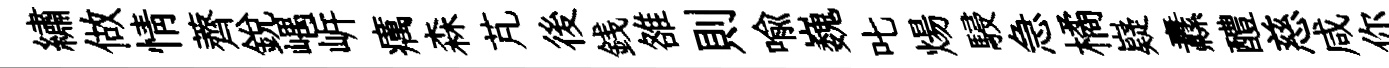
繡做情薺銳嵎㟁癘森芃後銭雒則喩巍叱煬駸急橘嶷纛醴慈咸你